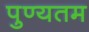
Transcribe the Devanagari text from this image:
पुण्यतम